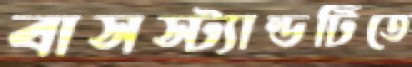
বাসস্ট্যান্ডটিতে